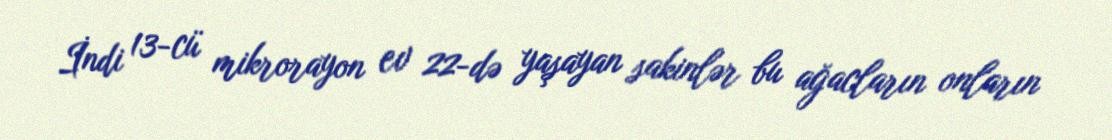
İndi 13-cü mikrorayon ev 22-də yaşayan sakinlər bu ağacların onların